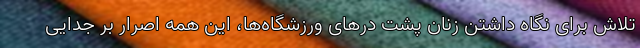
تلاش برای نگاه داشتن زنان پشت درهای ورزشگاه‌ها، این همه اصرار بر جدایی